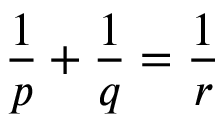
{ \frac { 1 } { p } } + { \frac { 1 } { q } } = { \frac { 1 } { r } }